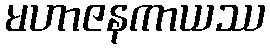
မဟာဇနကာယဿ